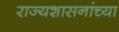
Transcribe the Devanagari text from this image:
राज्यशासनांच्या